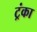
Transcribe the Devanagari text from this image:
ट्रंका